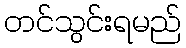
တင်သွင်းရမည်